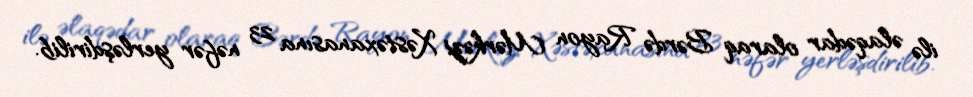
ilə əlaqədar olaraq Bərdə Rayon Mərkəzi Xəstəxanasına 23 nəfər yerləşdirilib.